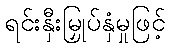
ရင်းနှီးမြှုပ်နှံမှုဖြင့်